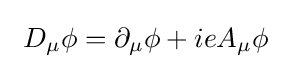
\ D_{\mu }\phi =\partial _{\mu }\phi +ieA_{\mu }\phi \